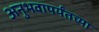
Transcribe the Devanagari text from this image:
अनुभवापर्यंतच्या